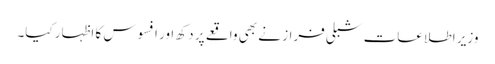
وزیر اطلاعات شبلی فراز نے بھی واقعے پر دکھ اور افسوس کا اظہار کیا۔